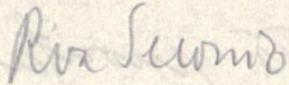
Rva Suonio